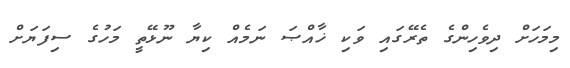
މިމަހަށް ދިވެހިންގެ ތެރޭގައި ވަކި ޚާއްޞަ ނަމެއް ކިޔާ ނޫޅޭތީ މަހުގެ ސިފަޔަށް